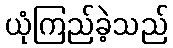
ယုံကြည်ခဲ့သည်